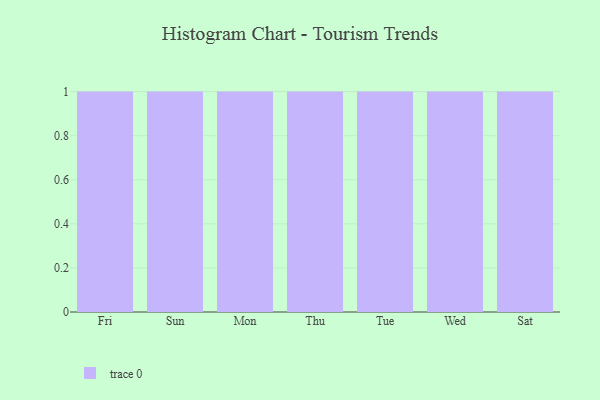
{"axis": {"x": "Day", "y": "Backlog"}, "legend": [""], "data": [{"x": "Fri", "y": 62, "type": ""}, {"x": "Sun", "y": 95, "type": ""}, {"x": "Mon", "y": 87, "type": ""}, {"x": "Thu", "y": 70, "type": ""}, {"x": "Tue", "y": 7, "type": ""}, {"x": "Wed", "y": 17, "type": ""}, {"x": "Sat", "y": 46, "type": ""}]}